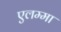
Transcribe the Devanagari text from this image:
एलम्‍मा